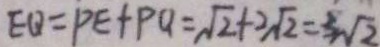
E Q = P E + P Q = \sqrt { 2 } + 2 \sqrt { 2 } = 3 \sqrt { 2 }